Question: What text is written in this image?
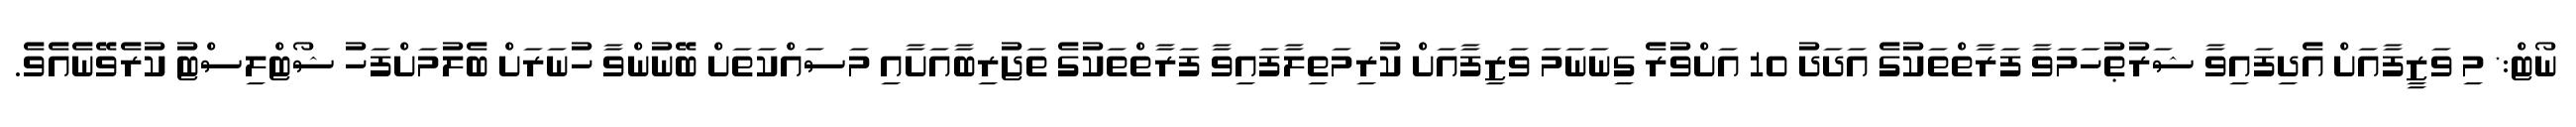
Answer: ނޯޓް:* މި ވަޒީފާއަށް އެދިފައިވާ ޝަރުޠުހަމަވާ ފަރާތްތަކުގެ އަދަދު 10 އަށްވުރެ ގިނަނަމަ ވަޒިފާއަށް ކުރިމަތިލާފައިވާ ފަރާތްތަކުގެ ތަޖުރިބާއަށާއި މަސައްކަތަށް ބޭނުންވާ ހުނަރަށް ބެލުމަށްފަހު ޝޯޓްލިސްޓު ކުރެވޭނެއެވެ.